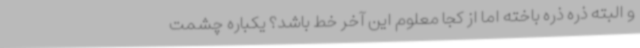
و البته ذره ذره باخته اما از کجا معلوم این آخر خط باشد؟ یکباره چشمت